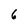
Character: 6